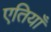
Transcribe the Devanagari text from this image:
एतियाँ